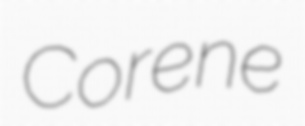
Corene